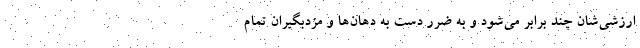
ارزشی‌شان چند برابر می‌شود و به ضرر دست به دهان‌ها و مزدبگیران تمام